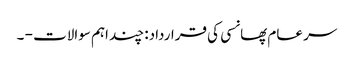
سر عام پھانسی کی قرارداد: چند اہم سوالات - ۔